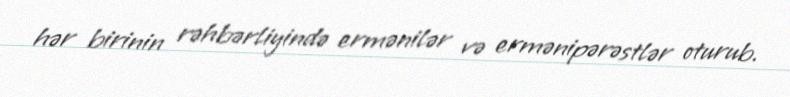
hər birinin rəhbərliyində ermənilər və ermənipərəstlər oturub.